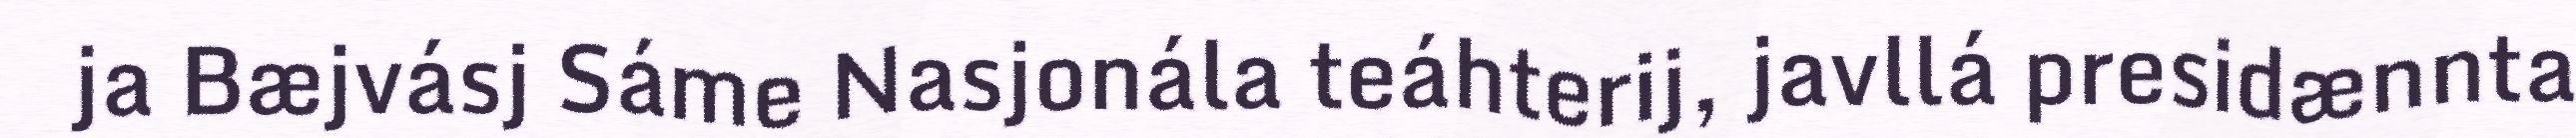
ja Bæjvásj Sáme Nasjonála teáhterij, javllá presidænnta